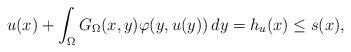
LaTeX: \begin{align*} u(x)+\int_{\Omega } G_{\Omega }(x,y)\varphi(y,u(y))\,dy=h_u(x)\leq s(x),\end{align*}